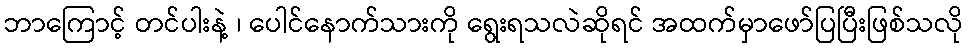
ဘာကြောင့် တင်ပါးနဲ့ ၊ ပေါင်နောက်သားကို ရွေးရသလဲဆိုရင် အထက်မှာဖော်ပြပြီးဖြစ်သလို